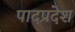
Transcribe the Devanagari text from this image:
पादप्रदेश